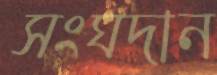
সংঘদান